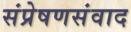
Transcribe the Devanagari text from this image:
संप्रेषणसंवाद